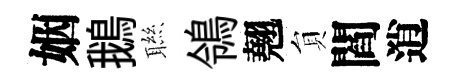
姻鵝聮鴒翹貟閻逍